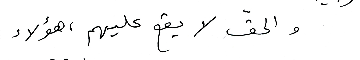
والحقّ لا يقع عليهم ، هؤلاء